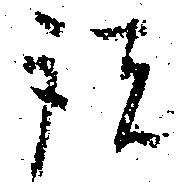
諸